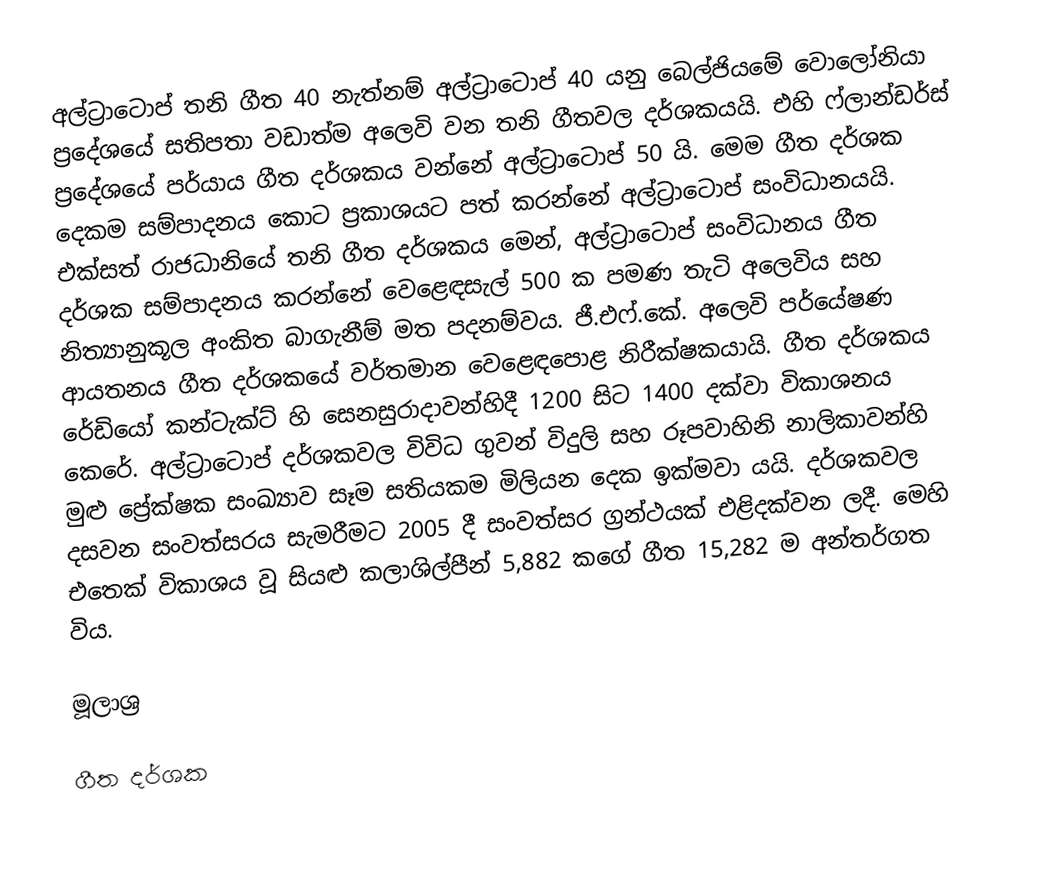
අල්ට්‍රාටොප් තනි ගීත 40 නැත්නම් අල්ට්‍රාටොප් 40 යනු බෙල්ජියමේ වොලෝනියා ප්‍රදේශයේ සතිපතා වඩාත්ම අලෙවි වන තනි ගීතවල දර්ශකයයි. එහි ෆ්ලාන්ඩර්ස් ප්‍රදේශයේ පර්යාය ගීත දර්ශකය වන්නේ අල්ට්‍රාටොප් 50 යි. මෙම ගීත දර්ශක දෙකම සම්පාදනය කොට ප්‍රකාශයට පත් කරන්නේ අල්ට්‍රාටොප් සංවිධානයයි. එක්සත් රාජධානියේ තනි ගීත දර්ශකය මෙන්, අල්ට්‍රාටොප් සංවිධානය ගීත දර්ශක සම්පාදනය කරන්නේ වෙළෙඳසැල් 500 ක පමණ තැටි අලෙවිය සහ නිත්‍යානුකූල අංකිත බාගැනීම් මත පදනම්වය. ජී.එෆ්.කේ. අලෙවි පර්යේෂණ ආයතනය ගීත දර්ශකයේ වර්තමාන වෙළෙඳපොළ නිරීක්ෂකයායි. ගීත දර්ශකය රේඩියෝ කන්ටැක්ට් හි සෙනසුරාදාවන්හිදී 1200 සිට 1400 දක්වා විකාශනය කෙරේ. අල්ට්‍රාටොප් දර්ශකවල විවිධ ගුවන් විදුලි සහ රූපවාහිනි නාලිකාවන්හි මුළු ප්‍රේක්ෂක සංඛ්‍යාව සෑම සතියකම මිලියන දෙක ඉක්මවා යයි. දර්ශකවල දසවන සංවත්සරය සැමරීමට 2005 දී සංවත්සර ග්‍රන්ථයක් එළිදක්වන ලදී. මෙහි එතෙක් විකාශය වූ සියළු කලාශිල්පීන් 5,882 කගේ ගීත 15,282 ම අන්තර්ගත විය.

මූලාශ්‍ර

ගීත දර්ශක